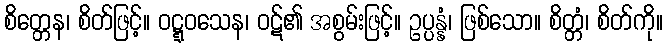
စိတ္တေန၊ စိတ်ဖြင့်။ ဝဋ္ဋဝသေန၊ ဝဋ်၏ အစွမ်းဖြင့်။ ဥပ္ပန္နံ၊ ဖြစ်သော။ စိတ္တံ၊ စိတ်ကို။